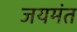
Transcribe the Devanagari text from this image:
जयमंत